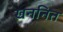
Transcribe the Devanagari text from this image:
खननित